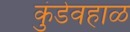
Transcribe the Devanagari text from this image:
कुंडेवहाळ